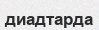
диадтарда